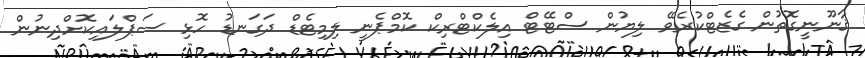
ޤާނޫނީގޮތުން ގެޒެޓްކުރެވޭ ލިޔުން ސްޓޭޓް އިލެކްޓްރިކް ކޮމްޕެނީ ލިމިޓެޑް ދަގަނޑު ހޮޅި ސަޕްލައިކޮށްދިނުން